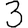
Digit: 3